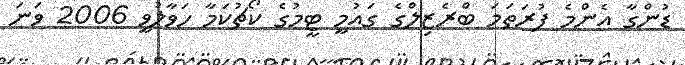
ޑުންގާ އެންމެ ފުރަތަމަ ބްރެޒިލްގެ ގައުމީ ޓީމުގެ ކޯޗުކަމާ ހަވާލުވީ 2006 ވަނަ